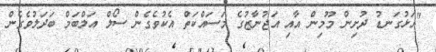
"އަޅުގަނޑު ދުށިން މޫމިން އާއި އަޖުނާޒުގެ މަސައްކަތް އެކުވެގެން ސޯލް އަލްބަމް ބަދަލުވެގެން